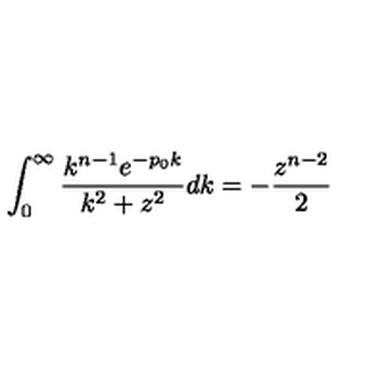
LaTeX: \int _ { 0 } ^ { \infty } \frac { k ^ { n - 1 } e ^ { - p _ { 0 } k } } { k ^ { 2 } + z ^ { 2 } } d k = - \frac { z ^ { n - 2 } } { 2 }